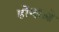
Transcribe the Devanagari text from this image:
होंग्दाओ